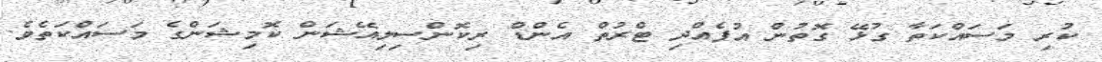
ކުރި މަސައްކަތާ ގުޅޭ ގޮތުން އުފެއްދި ޓްރުތް އެންޑް ރިކޮންސިލިއޭޝަން ކޮމިޝަންގެ މަސައްކަތެވެ.